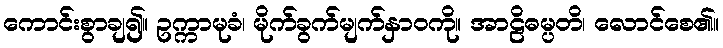
ကောင်းစွာချ၍။ ဥက္ကာမုခံ၊ မိုက်ခွက်မျက်နှာဝကို။ အာဠိဓမ္ပတိ၊ လောင်စေ၏။